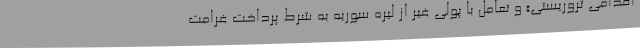
اقدامی تروریستی» و تعامل با پولی غیر از لیره سوریه به شرط پرداخت غرامت